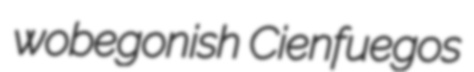
wobegonish Cienfuegos